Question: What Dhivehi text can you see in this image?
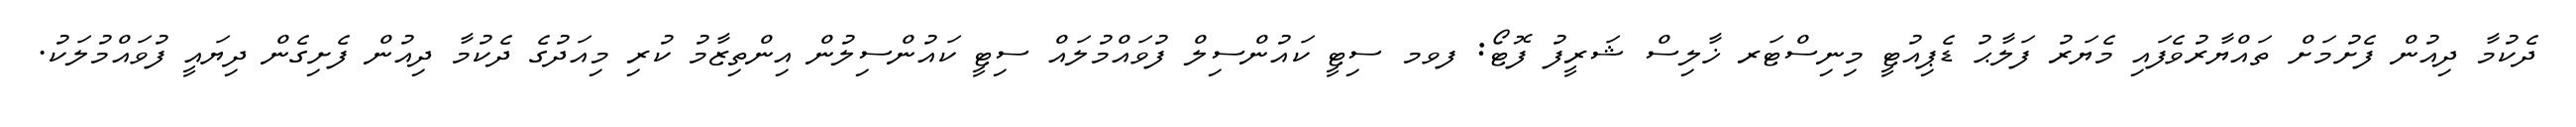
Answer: ދެކުމާ ދިއުން ފެށުމަށް ތައްޔާރުވެފައި މެޔަރު ފަލާޙު ޑެޕިއުޓީ މިނިސްޓަރ ޚާލިސް ޝަރީފު ފޮޓޯ: ފވމ ސިޓީ ކައުންސިލް ފުވައްމުލައް ސިޓީ ކައުންސިލުން އިންތިޒާމު ކުރި މިއަދުގެ ދެކުމާ ދިއުން ފެށިގެން ދިޔައީ ފުވައްމުލަކު.